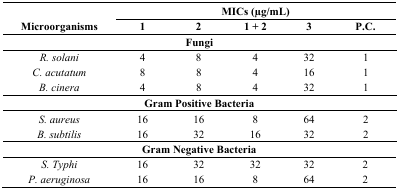
<table><thead><tr><td></td><td colspan="5"><b>MICs (μg/mL)</b></td></tr><tr><td><b>Microorganisms </b></td><td><b>1</b></td><td><b>2</b></td><td><b>1 + 2</b></td><td><b>3</b></td><td><b>P.C.</b></td></tr></thead><tbody><tr><td colspan="6"><b>Fungi</b></td></tr><tr><td><i>R. solani</i></td><td>4</td><td>8</td><td>4</td><td>32</td><td>1</td></tr><tr><td><i>C. acutatum</i></td><td>8</td><td>8</td><td>4</td><td>16</td><td>1</td></tr><tr><td><i>B. cinera</i></td><td>4</td><td>8</td><td>4</td><td>32</td><td>1</td></tr><tr><td colspan="6"><b>Gram Positive Bacteria</b></td></tr><tr><td><i>S. aureus</i></td><td>16</td><td>16</td><td>8</td><td>64</td><td>2</td></tr><tr><td><i>B. subtilis</i></td><td>16</td><td>32</td><td>16</td><td>32</td><td>2</td></tr><tr><td colspan="6"><b>Gram Negative Bacteria</b></td></tr><tr><td><i>S. Typhi</i></td><td>16</td><td>32</td><td>32</td><td>32</td><td>2</td></tr><tr><td><i>P. aeruginosa</i></td><td>16</td><td>16</td><td>8</td><td>64</td><td>2</td></tr></tbody></table>